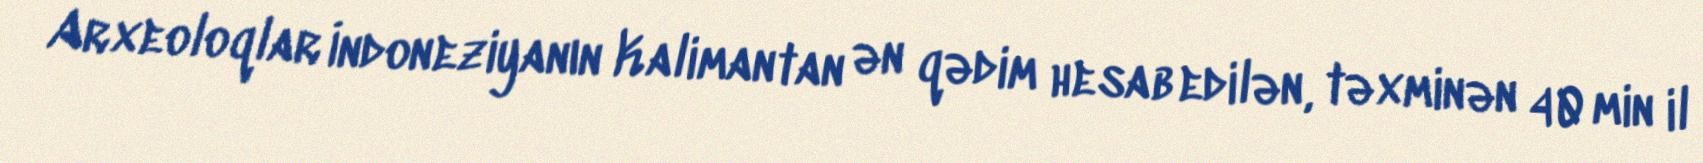
Arxeoloqlar İndoneziyanın Kalimantan ən qədim hesab edilən, təxminən 40 min il